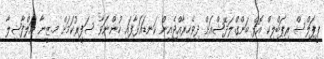
ޕީޕަލްސް ރިޕަބްލިކް އޮފް ބަންގްލަދޭޝްއަށް ދިވެހިރާއްޖެއިން ކަނޑައަޅާފައި ހުންނަވާ ސަފީރުކަމަށް މ.ޒީނާ އަލްފާޟިލާ